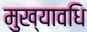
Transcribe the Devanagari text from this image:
मुख्यावधि